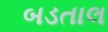
બડતાલ